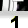
Digit: 1